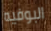
البوفيه